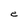
Character: e